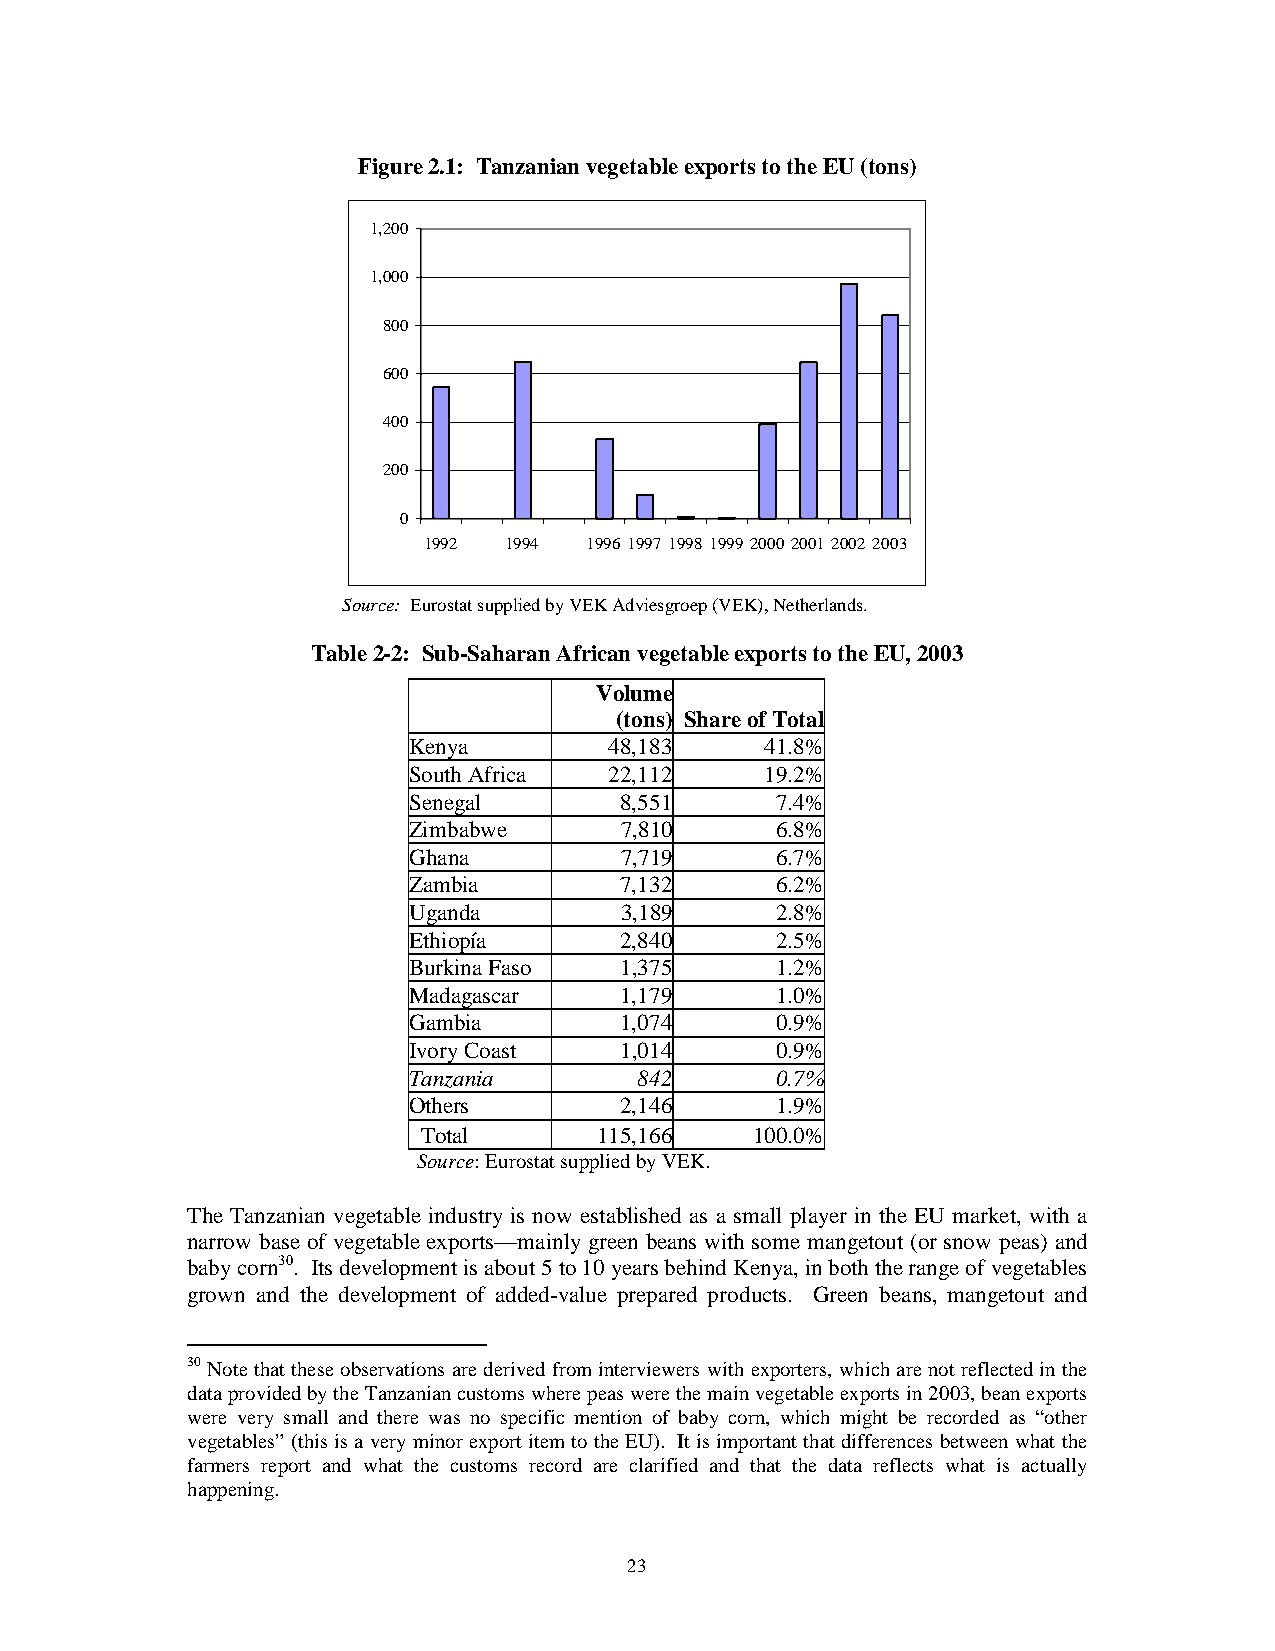
Figure 2.1: Tanzanian vegetable exports to the EU (tons)
 1,200
 1,000
 800
 600
 400
 200
 0
 1992  1994 1996 1997 1998 1999 2000 2001 2002 2003
 Source: Eurostat supplied by VEK Adviesgroep (VEK), Netherlands.
 Table 2-2: Sub-Saharan African vegetable exports to the EU, 2003
 Volume
 (tons) Share of Total
 Kenya        48,183     41.8%
 South Africa 22,112     19.2%
 Senegal       8,551     7.4%
 Zimbabwe      7,810     6.8%
 Ghana         7,719     6.7%
 Zambia        7,132     6.2%
 Uganda        3,189     2.8%
 Ethiopía      2,840     2.5%
 Burkina Faso  1,375     1.2%
 Madagascar    1,179     1.0%
 Gambia        1,074     0.9%
 Ivory Coast   1,014     0.9%
 Tanzania       842      0.7%
 Others        2,146     1.9%
 Total       115,166   100.0%
 Source: Eurostat supplied by VEK.
 The Tanzanian vegetable industry is now established as a small player in the EU market, with a
 narrow base of vegetable exports—mainly green beans with some mangetout (or snow peas) and
 baby corn30. Its development is about 5 to 10 years behind Kenya, in both the range of vegetables
 grown and the development of added-value prepared products. Green beans, mangetout and
 30 Note that these observations are derived from interviewers with exporters, which are not reflected in the
 data provided by the Tanzanian customs where peas were the main vegetable exports in 2003, bean exports
 were very small and there was no specific mention of baby corn, which might be recorded as “other
 vegetables” (this is a very minor export item to the EU). It is important that differences between what the
 farmers report and what the customs record are clarified and that the data reflects what is actually
 happening.
 23